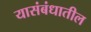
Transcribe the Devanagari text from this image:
यासंबंधातील